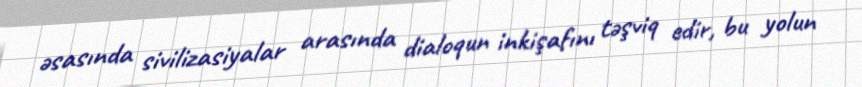
əsasında sivilizasiyalar arasında dialoqun inkişafını təşviq edir, bu yolun